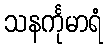
သနင်္ကုမာရံ